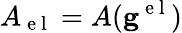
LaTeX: A_{\mathrm{~e~l~}}=A(\mathbf{g}^{\mathrm{~e~l~}})